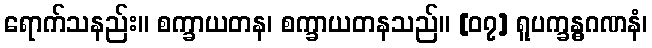
ရောက်သနည်း။ စက္ခာယတန၊ စက္ခာယတနသည်။ [၀၇] ရူပက္ခန္ဓဂဏနံ၊